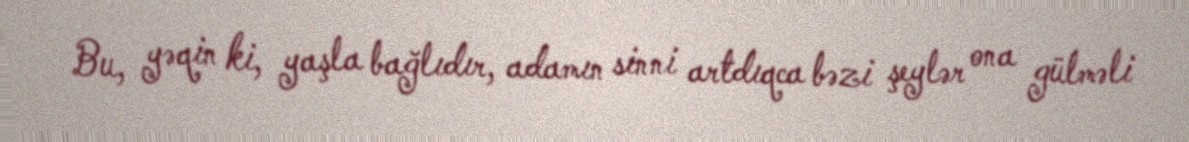
Bu, yəqin ki, yaşla bağlıdır, adamın sinni artdıqca bəzi şeylər ona gülməli